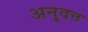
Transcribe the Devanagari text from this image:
अनुदत्त